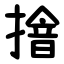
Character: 摿